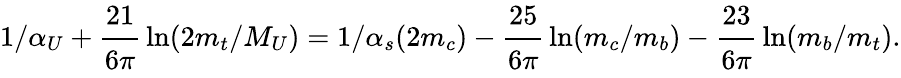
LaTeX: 1/\alpha_{U}+{\displaystyle\cfrac{21}{6\pi}}\ln(2m_{t}/M_{U})=1/\alpha_{s}(2m_{c})-{\displaystyle\cfrac{25}{6\pi}}\ln(m_{c}/m_{b})-{\displaystyle\cfrac{23}{6\pi}}\ln(m_{b}/m_{t}).